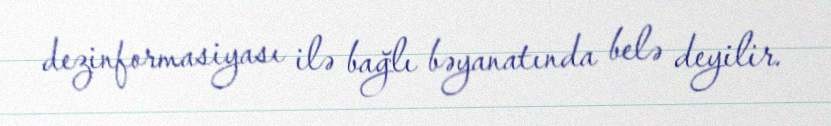
dezinformasiyası ilə bağlı bəyanatında belə deyilir.